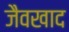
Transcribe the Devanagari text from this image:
जैवखाद